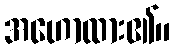
အဟောထား၏။